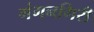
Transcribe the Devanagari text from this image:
गंगनगिरी